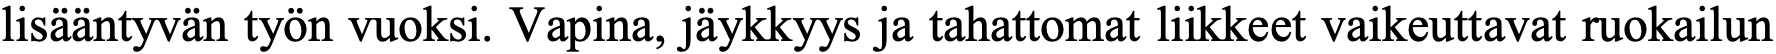
lisääntyvän työn vuoksi. Vapina, jäykkyys ja tahattomat liikkeet vaikeuttavat ruokailun